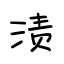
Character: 渍